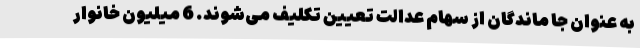
به عنوان جا ماندگان از سهام عدالت تعیین تکلیف می‌شوند. 6 میلیون خانوار